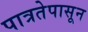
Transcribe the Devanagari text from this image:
पात्रतेपासून